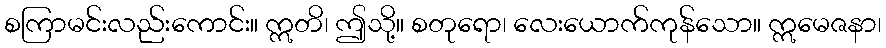
စကြာမင်းလည်းကောင်း။ ဣတိ၊ ဤသို့။ စတုရော၊ လေးယောက်ကုန်သော။ ဣမေဇနာ၊